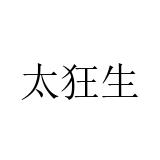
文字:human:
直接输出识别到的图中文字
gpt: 太狂生